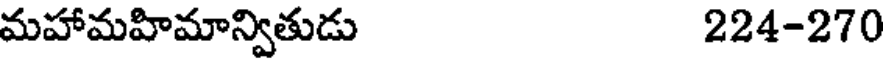
మహామహిమాన్వితుడు 224-270